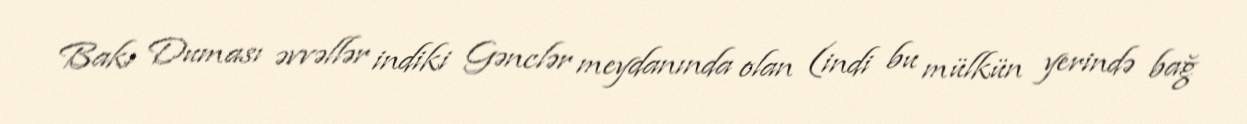
Bakı Duması əvvəllər indiki Gənclər meydanında olan (indi bu mülkün yerində bağ